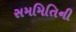
સમમિતિની